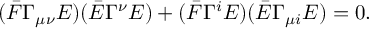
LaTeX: ( \bar { F } \Gamma _ { \mu \nu } E ) ( \bar { E } \Gamma ^ { \nu } E ) + ( \bar { F } \Gamma ^ { i } E ) ( \bar { E } \Gamma _ { \mu i } E ) = 0 .